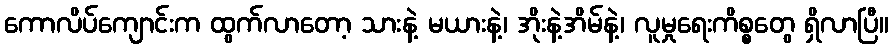
ကောလိပ်ကျောင်းက ထွက်လာတော့ သားနဲ့ မယားနဲ့၊ အိုးနဲ့အိမ်နဲ့၊ လူမှုရေးကိစ္စတွေ ရှိလာပြီ။